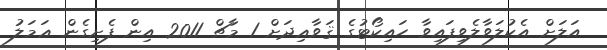
އަލަށް އެކުލަވާލެވިފައިވާ ހައިކޯޓުގެ ޤަވާޢިދަށް 1 މާޗް 2011 އިން ފެށިގެން ޢަމަލު